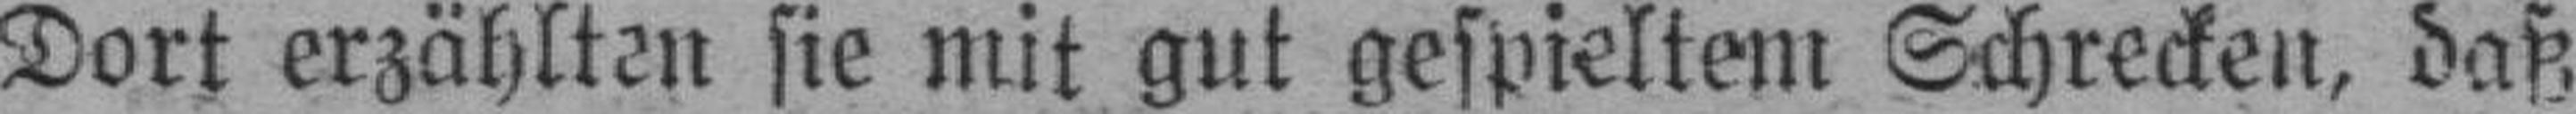
Dort erzählten sie mit gut gespieltem Schrecken, daß